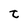
Character: t